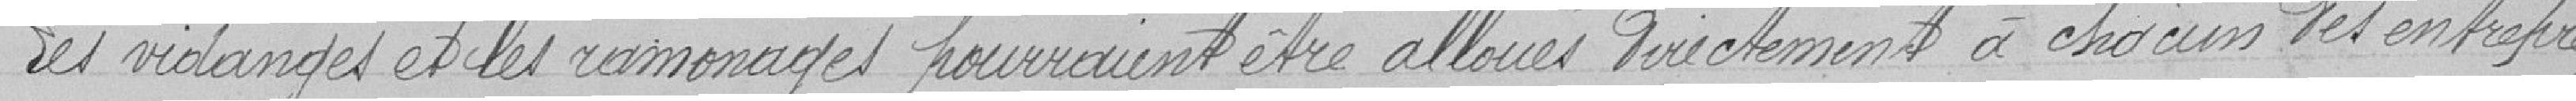
Les vidanges et les ramonages pourraient être alloués directement à chacun des entrepre-